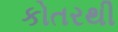
કોતરથી